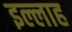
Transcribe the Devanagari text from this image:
इल्लाह